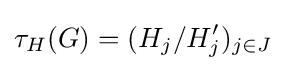
\tau _{H}(G)=(H_{j}/H_{j}')_{j\in J}